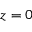
z = 0